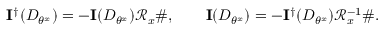
\mathbf { I } ^ { \dagger } ( D _ { \theta ^ { x } } ) = - \mathbf { I } ( D _ { \theta ^ { x } } ) \mathcal { R } _ { x } \# , \qquad \mathbf { I } ( D _ { \theta ^ { x } } ) = - \mathbf { I } ^ { \dagger } ( D _ { \theta ^ { x } } ) \mathcal { R } _ { x } ^ { - 1 } \# .